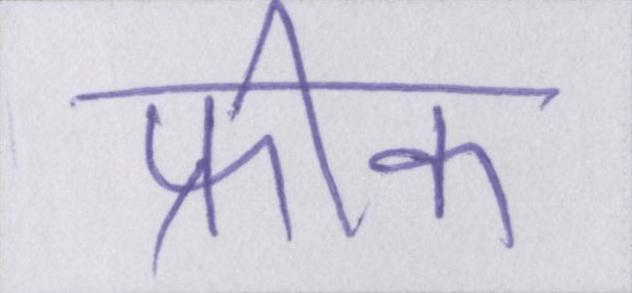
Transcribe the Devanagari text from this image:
फ्रीक